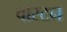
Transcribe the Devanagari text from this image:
वास्टन